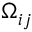
\Omega _ { i j }